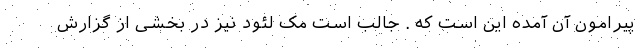
پیرامون آن آمده این است که . جالب است مک لئود نیز در بخشی از گزارش